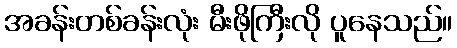
အခန်းတစ်ခန်းလုံး မီးဖိုကြီးလို ပူနေသည်။